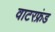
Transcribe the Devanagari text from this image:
वाटरफ्रंड